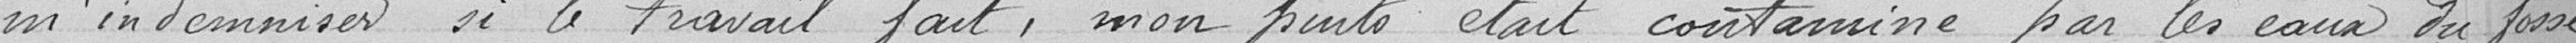
m'indemniser si le travail fait, mon puits était contaminé par les eaux du fossé